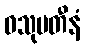
ဝသုပတီနံ